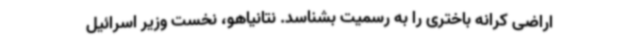
اراضی کرانه باختری را به رسمیت بشناسد. نتانیاهو، نخست وزیر اسرائیل